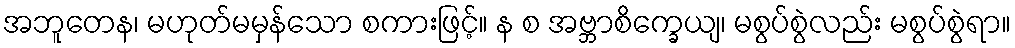
အဘူတေန၊ မဟုတ်မမှန်သော စကားဖြင့်။ န စ အဗ္ဘာစိက္ခေယျ၊ မစွပ်စွဲလည်း မစွပ်စွဲရာ။